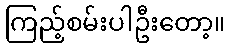
ကြည့်စမ်းပါဦးတော့။